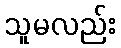
သူမလည်း